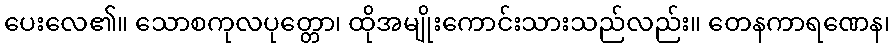
ပေးလေ၏။ သောစကုလပုတ္တော၊ ထိုအမျိုးကောင်းသားသည်လည်း။ တေနကာရဏေန၊